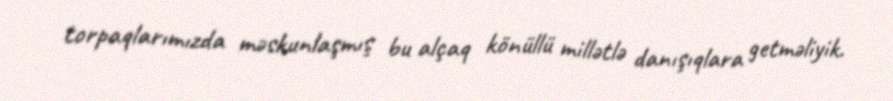
torpaqlarımızda məskunlaşmış bu alçaq könüllü millətlə danışıqlara getməliyik.